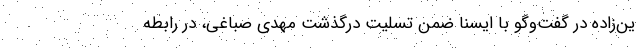
ین‌زاده در گفت‌وگو با ایسنا ضمن تسلیت درگذشت مهدی صباغی، در رابطه